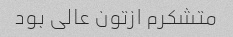
متشکرم ازتون عالی بود